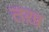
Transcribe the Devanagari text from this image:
तख़